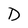
Character: D